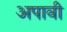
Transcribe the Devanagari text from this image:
अपावी